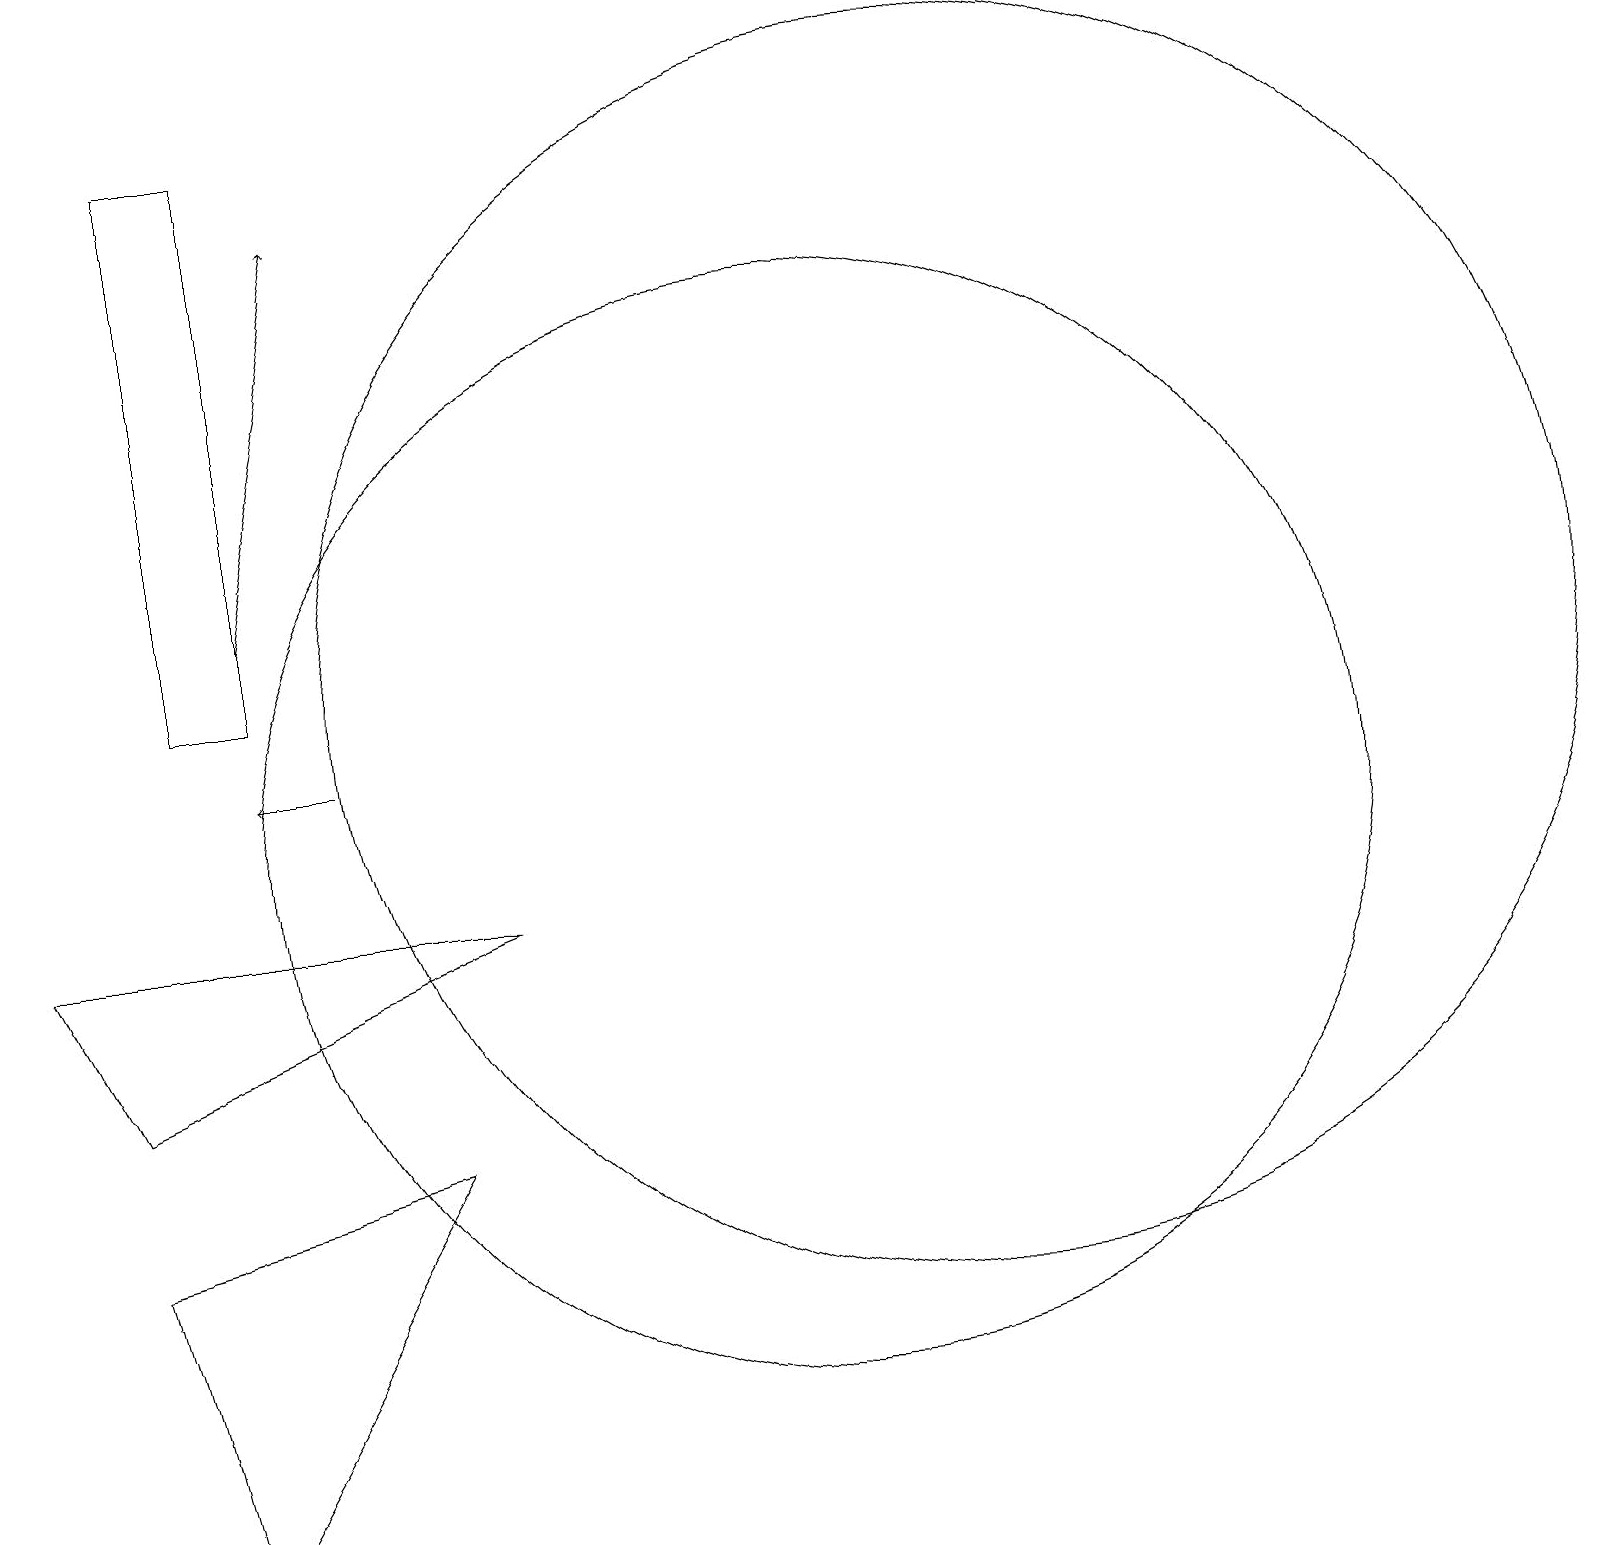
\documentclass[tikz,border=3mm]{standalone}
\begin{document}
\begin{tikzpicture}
\draw (6,9) -- (0,9) -- (1,7) -- cycle;
\draw (2,12) rectangle (3,19);
\draw (12,12) circle (8);
\draw (10,10) circle (7);
\draw (2,1) -- (1,5) -- (5,6) -- cycle;
\draw[->] (3,13) -- (4,18);
\draw[->] (4,11) -- (3,11);
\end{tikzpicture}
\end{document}